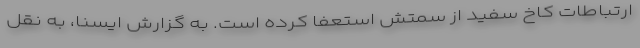
ارتباطات کاخ سفید از سمتش استعفا کرده است. به گزارش ایسنا، به نقل